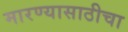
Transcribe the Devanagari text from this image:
मारण्यासाठीचा